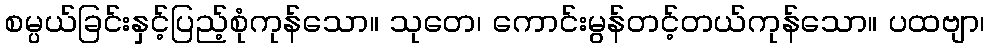
စမ္ပယ်ခြင်းနှင့်ပြည့်စုံကုန်သော။ သုတေ၊ ကောင်းမွန်တင့်တယ်ကုန်သော။ ပထဗျာ၊